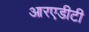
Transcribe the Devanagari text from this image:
आरएडीटी